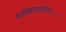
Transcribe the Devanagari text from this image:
श्वेतसिंहासनासीना।।।